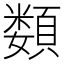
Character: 𩔗